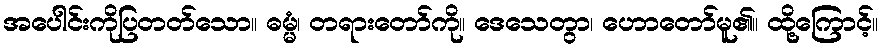
အပေါင်းကိုပြတတ်သော။ ဓမ္မံ၊ တရားတော်ကို။ ဒေသေတွာ၊ ဟောတော်မူ၏။ ထို့ကြောင့်။